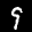
Label: 9